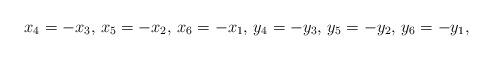
LaTeX: \begin{align*}x_4=-x_3,\,x_5=-x_2,\,x_6=-x_1,\,y_4=-y_3,\,y_5=-y_2,\,y_6=-y_1, \end{align*}